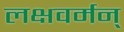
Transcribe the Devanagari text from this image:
लक्षवर्मन्‌